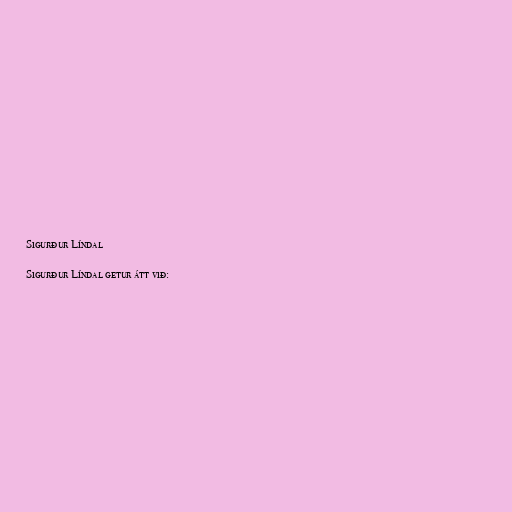
Sigurður Líndal

Sigurður Líndal getur átt við: